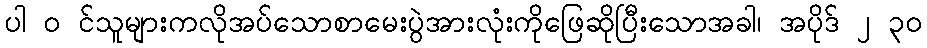
ပါ ၀ င်သူများကလိုအပ်သောစာမေးပွဲအားလုံးကိုဖြေဆိုပြီးသောအခါ၊ အပိုဒ် ၂ ၃၀